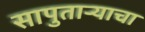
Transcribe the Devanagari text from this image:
सापुताऱ्याचा